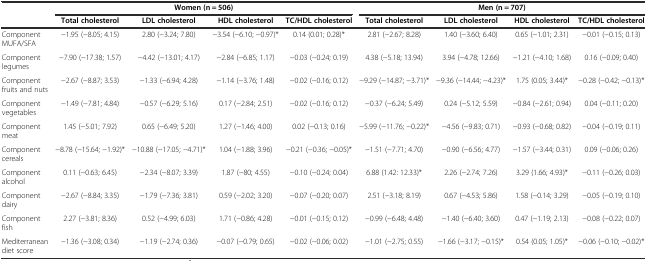
<table><thead><tr><td></td><td colspan="4"><b>Women (n = 506)</b></td><td colspan="4"><b>Men (n = 707)</b></td></tr><tr><td></td><td><b>Total cholesterol</b></td><td><b>LDL cholesterol</b></td><td><b>HDL cholesterol</b></td><td><b>TC/HDL cholesterol</b></td><td><b>Total cholesterol</b></td><td><b>LDL cholesterol</b></td><td><b>HDL cholesterol</b></td><td><b>TC/HDL cholesterol</b></td></tr></thead><tbody><tr><td>Component MUFA/SFA</td><td>-1.95 (-8.05; 4.15)</td><td>2.80 (-3.24; 7.80)</td><td>-3.54 (-6.10; -0.97)*</td><td>0.14 (0.01; 0.28)*</td><td>2.81 (-2.67; 8.28)</td><td>1.40 (-3.60; 6.40)</td><td>0.65 (-1.01; 2.31)</td><td>-0.01 (-0.15; 0.13)</td></tr><tr><td>Component legumes</td><td>-7.90 (-17.38; 1.57)</td><td>-4.42 (-13.01; 4.17)</td><td>-2.84 (-6.85; 1.17)</td><td>-0.03 (-0.24; 0.19)</td><td>4.38 (-5.18; 13.94)</td><td>3.94 (-4.78; 12.66)</td><td>-1.21 (-4.10; 1.68)</td><td>0.16 (-0.09; 0.40)</td></tr><tr><td>Component fruits and nuts</td><td>-2.67 (-8.87; 3.53)</td><td>-1.33 (-6.94; 4.28)</td><td>-1.14 (-3.76; 1.48)</td><td>-0.02 (-0.16; 0.12)</td><td>-9.29 (-14.87; -3.71)*</td><td>-9.36 (-14.44; -4.23)*</td><td>1.75 (0.05; 3.44)*</td><td>-0.28 (-0.42; -0.13)*</td></tr><tr><td>Component vegetables</td><td>-1.49 (-7.81; 4.84)</td><td>-0.57 (-6.29; 5.16)</td><td>0.17 (-2.84; 2.51)</td><td>-0.02 (-0.16; 0.12)</td><td>-0.37 (-6.24; 5.49)</td><td>0.24 (-5.12; 5.59)</td><td>-0.84 (-2.61; 0.94)</td><td>0.04 (-0.11; 0.20)</td></tr><tr><td>Component meat</td><td>1.45 (-5.01; 7.92)</td><td>0.65 (-6.49; 5.20)</td><td>1.27 (-1.46; 4.00)</td><td>0.02 (-0.13; 0.16)</td><td>-5.99 (-11.76; -0.22)*</td><td>-4.56 (-9.83; 0.71)</td><td>-0.93 (-0.68; 0.82)</td><td>-0.04 (-0.19; 0.11)</td></tr><tr><td>Component cereals</td><td>-8.78 (-15.64; -1.92)*</td><td>-10.88 (-17.05; -4.71)*</td><td>1.04 (-1.88; 3.96)</td><td>-0.21 (-0.36; -0.05)*</td><td>-1.51 (-7.71; 4.70)</td><td>-0.90 (-6.56; 4.77)</td><td>-1.57 (-3.44; 0.31)</td><td>0.09 (-0.06; 0.26)</td></tr><tr><td>Component alcohol</td><td>0.11 (-0.63; 6.45)</td><td>-2.34 (-8.07; 3.39)</td><td>1.87 (-80; 4.55)</td><td>-0.10 (-0.24; 0.04)</td><td>6.88 (1.42: 12.33)*</td><td>2.26 (-2.74; 7.26)</td><td>3.29 (1.66; 4.93)*</td><td>-0.11 (-0.26; 0.03)</td></tr><tr><td>Component dairy</td><td>-2.67 (-8.84; 3.35)</td><td>-1.79 (-7.36; 3.81)</td><td>0.59 (-2.02; 3.20)</td><td>-0.07 (-0.20; 0.07)</td><td>2.51 (-3.18; 8.19)</td><td>0.67 (-4.53; 5.86)</td><td>1.58 (-0.14; 3.29)</td><td>-0.05 (-0.19; 0.10)</td></tr><tr><td>Component fish</td><td>2.27 (-3.81; 8.36)</td><td>0.52 (-4.99; 6.03)</td><td>1.71 (-0.86; 4.28)</td><td>-0.01 (-0.15; 0.12)</td><td>-0.99 (-6.48; 4.48)</td><td>-1.40 (-6.40; 3.60)</td><td>0.47 (-1.19; 2.13)</td><td>-0.08 (-0.22; 0.07)</td></tr><tr><td>Mediterranean diet score</td><td>-1.36 (-3.08; 0.34)</td><td>-1.19 (-2.74; 0.36)</td><td>-0.07 (-0.79; 0.65)</td><td>-0.02 (-0.06; 0.02)</td><td>-1.01 (-2.75; 0.55)</td><td>-1.66 (-3.17; -0.15)*</td><td>0.54 (0.05; 1.05)*</td><td>-0.06 (-0.10; -0.02)*</td></tr></tbody></table>